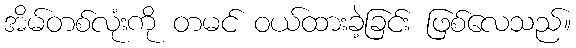
အိမ်တစ်လုံးကို တမင် ဝယ်ထားခဲ့ခြင်း ဖြစ်လေသည်။